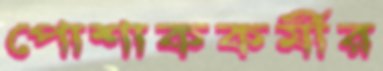
পোশাককর্মীর